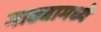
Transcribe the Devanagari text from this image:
माढ्यामध्ये